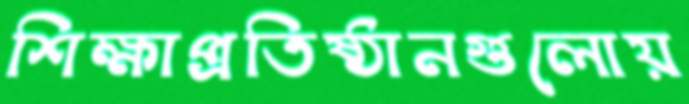
শিক্ষাপ্রতিষ্ঠানগুলোয়